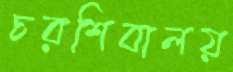
চরশিবালয়